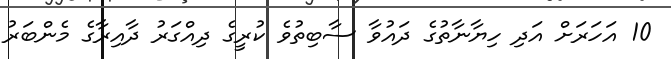
10 އަހަރަށް އަދި ހިޔާނާތުގެ ދައުވާ ސާބިތުވެ ކުރީގެ ދިއްގަރު ދާއިރާގެ މެންބަރު